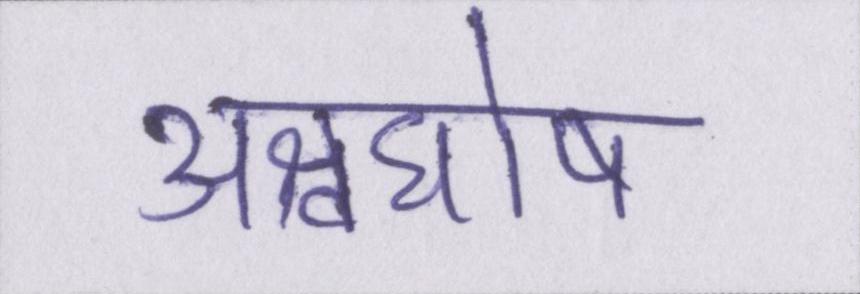
अश्वघोष